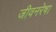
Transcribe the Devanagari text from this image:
जीवनरेषा